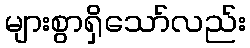
များစွာရှိသော်လည်း